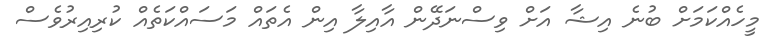
މީހެއްކަމަށް ބުނެ އިޝާ އަށް ވިސްނަދޭން އާއިލާ އިން އެތައް މަސައްކަތެއް ކުރިއިރުވެސް